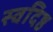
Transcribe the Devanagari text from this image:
स्वदिष्ठ